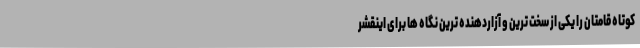
کوتاه قامتان را یکی از سخت ترین و آزاردهنده ترین نگاه ها برای اینقشر